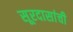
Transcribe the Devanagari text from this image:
सूरदासांची